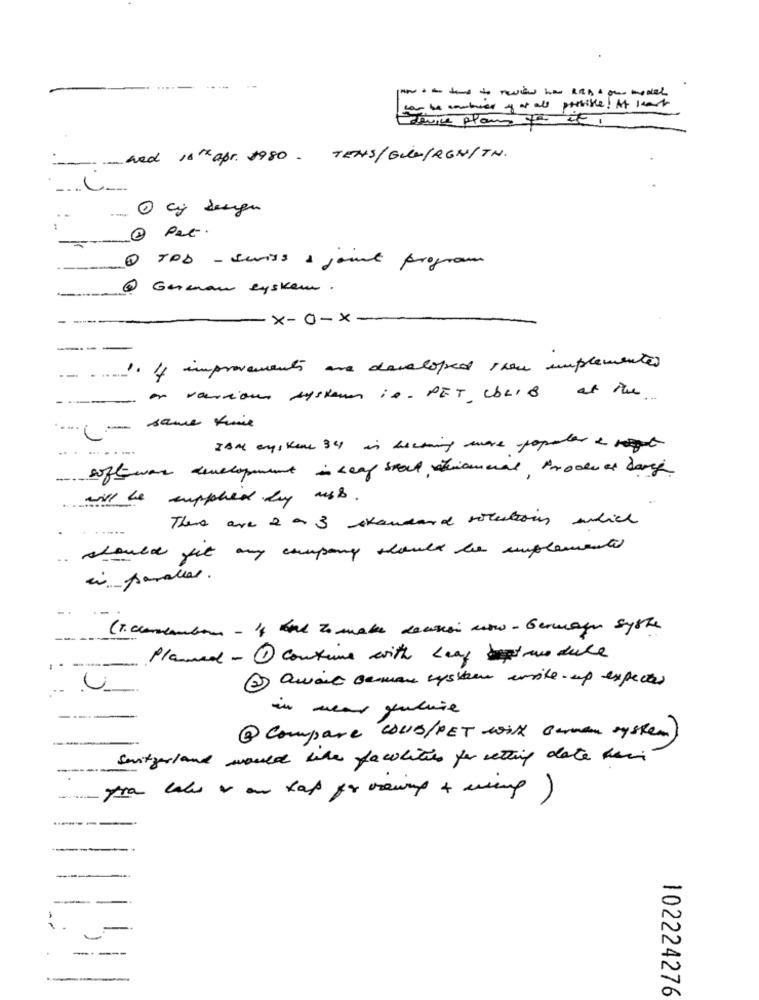
can be warbier y as als presible! At
ERvice Plans FREI
--- Led 16"x apr. 1980. TENS/GULWIRENITN.
1 TOD - Swiss & joint program
@ Geenan system .
x-0-x
1. If improvements are developed then implemented
--
--
-on various systems is. PET, COLIB at the.
.. .
.......
I'M aystems 34 is becoming more popular & vege
software development is Leaf stell ationeral, troddeas dary
the supplied by ass .
There are 2 a 3 standard rotection which
.....-
should get any company should be implemented
(T. comcambio-14 tol to make decision wow - Germagen syste
Planed - 1 continue with Leaf bestmodule
2 Quait semane system write-up expect
--
in near future
---..
@ Compare COUS/PET with carmen system)
Switzerland would like facilities for setting date har
----
----
10222427